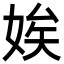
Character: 娭